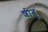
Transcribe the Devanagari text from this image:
शीबू